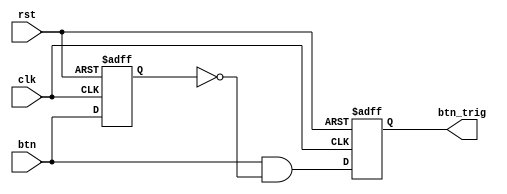
module oneshot(clk,rst,btn,btn_trig);

input clk,rst,btn;
reg btn_reg;
output reg btn_trig;
 
always @(negedge rst or posedge clk)begin
    if(!rst) begin
        btn_reg<=0;
        btn_trig<=0;
    end
    else begin
        btn_reg<=btn;
        btn_trig<=btn&~btn_reg;
    end 
end

endmodule